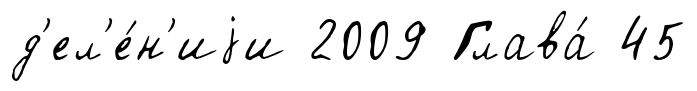
д'ел'е́н'иjи 2009 Глава́ 45